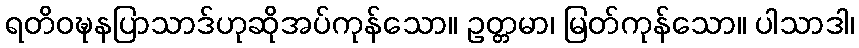
ရတိဝဍ္ဎနပြာသာဒ်ဟုဆိုအပ်ကုန်သော။ ဥတ္တမာ၊ မြတ်ကုန်သော။ ပါသာဒါ၊